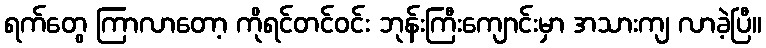
ရက်တွေ ကြာလာတော့ ကိုရင်တင်ဝင်း ဘုန်းကြီးကျောင်းမှာ အသားကျ လာခဲ့ပြီ။